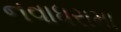
નવાધરામા